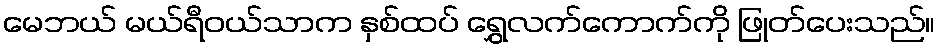
မေဘယ် မယ်ရီဝယ်သာက နှစ်ထပ် ရွှေလက်ကောက်ကို ဖြုတ်ပေးသည်။